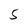
Character: 5